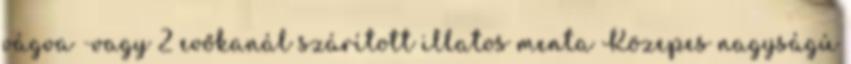
vágva -vagy 2 evőkanál szárított illatos menta Közepes nagyságú